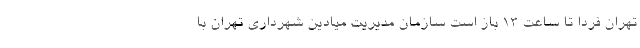
تهران فردا تا ساعت ۱۳ باز است سازمان مدیریت میادین شهرداری تهران با